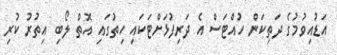
އަޑުއިވުމުގެ ދަތިކަން ހުއްޓަސް އެ ދަރިފުޅަށްޓަކައި ހިތުގައި އޮތް ލޯބި އިތުރު ކުރި